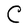
Character: C